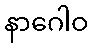
နာဂေါဝ